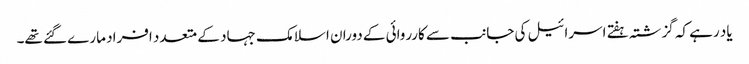
یاد رہے کہ گزشتہ ہفتے اسرائیل کی جانب سے کارروائی کے دوران اسلامک جہاد کے متعدد افراد مارے گئے تھے۔